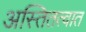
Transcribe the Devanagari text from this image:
अस्तितत्वात